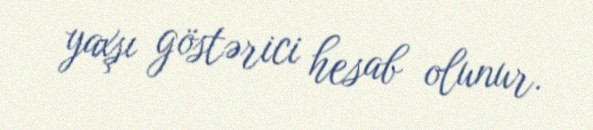
yaxşı göstərici hesab olunur.